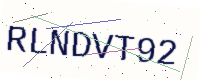
Text: RLNDVT92